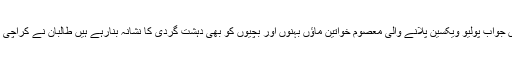
اس موقع پر حیدر عباس رضوی نے کہاکہ کراچی میں طالبان ہزاروں کی تعدادمیں موجودہیں جواب پولیو ویکسین پلانے والی معصوم خواتین ماؤں بہنوں اور بچیوں کو بھی دہشت گردی کا نشانہ بنارہے ہیں طالبان نے کراچی میں پکٹس قائم کررکھی ہیں جہاں مائیں بہنیں اور بچیوں بھی ان کے مظالم سے محفوظ نہیں۔